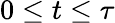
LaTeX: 0\leq t\leq\tau